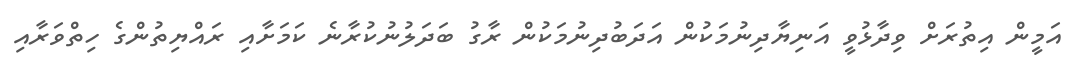
އަމީން އިތުރަށް ވިދާޅުވީ އަނިޔާދިނުމަކުން އަދަބުދިނުމަކުން ރާގު ބަދަލުނުކުރާނެ ކަމަށާއި ރައްޔިތުންގެ ހިތްވަރާއި